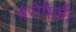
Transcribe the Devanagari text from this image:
बरोंपैकी